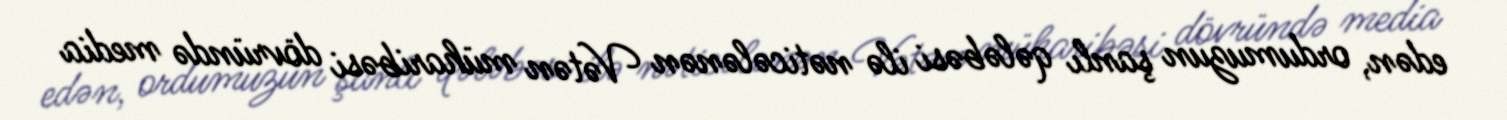
edən, ordumuzun şanlı qələbəsi ilə nəticələnən Vətən müharibəsi dövründə media